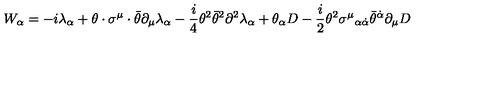
W _ { \alpha } = - i \lambda _ { \alpha } + \theta \cdot \sigma ^ { \mu } \cdot \bar { \theta } \partial _ { \mu } \lambda _ { \alpha } - \frac { i } { 4 } \theta ^ { 2 } \bar { \theta } ^ { 2 } \partial ^ { 2 } \lambda _ { \alpha } + \theta _ { \alpha } D - \frac { i } { 2 } \theta ^ { 2 } \sigma ^ { \mu } { } _ { \alpha \dot { \alpha } } \bar { \theta } ^ { \dot { \alpha } } \partial _ { \mu } D